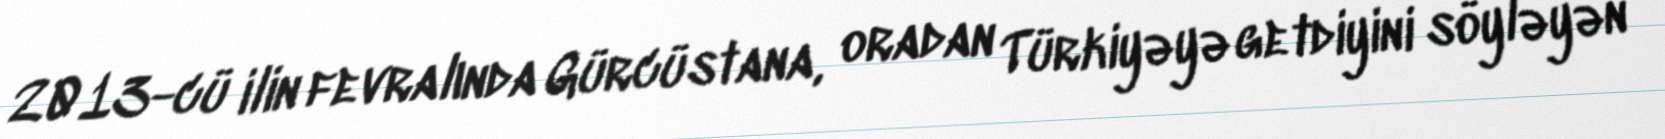
2013-cü ilin fevralında Gürcüstana, oradan Türkiyəyə getdiyini söyləyən